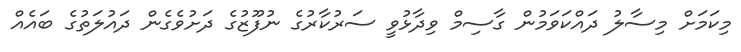
މިކަމަށް މިސާލު ދައްކަވަމުން ގާސިމް ވިދާޅުވީ ސަރުކާރުގެ ނުފޫޒުގެ ދަށުވެގެން ދައުލަތުގެ ބައެއް